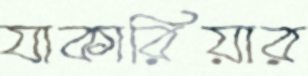
যাকারিয়ার